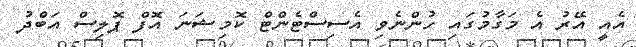
އެއީ އޭރު އެ މަގާމުގައި ހުންނެވި އެސިސްޓެންޓް ކޮމިޝަނަ އޮފް ޕޮލިސް އަބްދު